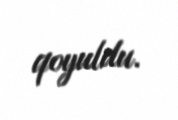
qoyuldu.